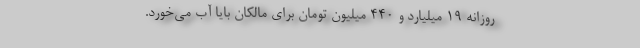
روزانه ۱۹ میلیارد و ۴۴۰ میلیون تومان برای مالکان بایا آب می‌خورد.